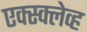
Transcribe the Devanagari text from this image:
एक्स्क्लेव्ह